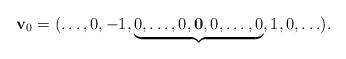
LaTeX: \begin{align*} {\bf v}_0 = ( \dots, 0, -1, \underbrace{ 0, \ldots, 0, {\bf 0}, 0, \ldots, 0} _{} , 1, 0, \ldots).\end{align*}